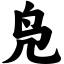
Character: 凫